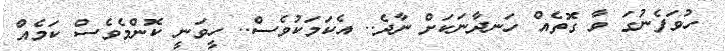
ހުވަފެނުގަ ވާ ގޮތެއް ހަނދާނަކަށް ނާދެ.. އެކަމަކުވެސް.. ހީވަނީ ކޮންމެވެސް ކަމެއް